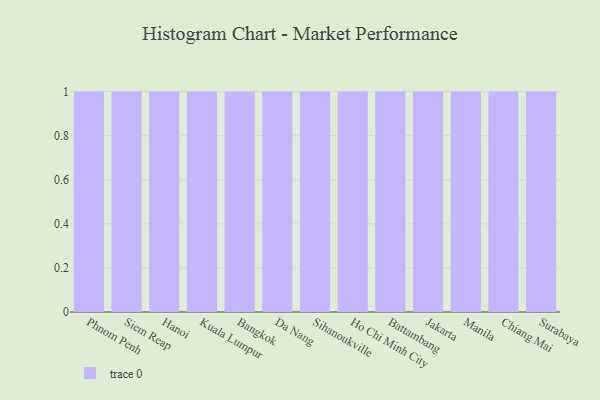
{"axis": {"x": "City", "y": "Energy Usage (MWh)"}, "legend": [""], "data": [{"x": "Phnom Penh", "y": 83, "type": ""}, {"x": "Siem Reap", "y": 39, "type": ""}, {"x": "Hanoi", "y": 1, "type": ""}, {"x": "Kuala Lumpur", "y": 88, "type": ""}, {"x": "Bangkok", "y": 12, "type": ""}, {"x": "Da Nang", "y": 79, "type": ""}, {"x": "Sihanoukville", "y": 26, "type": ""}, {"x": "Ho Chi Minh City", "y": 13, "type": ""}, {"x": "Battambang", "y": 10, "type": ""}, {"x": "Jakarta", "y": 96, "type": ""}, {"x": "Manila", "y": 34, "type": ""}, {"x": "Chiang Mai", "y": 61, "type": ""}, {"x": "Surabaya", "y": 36, "type": ""}]}